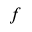
f